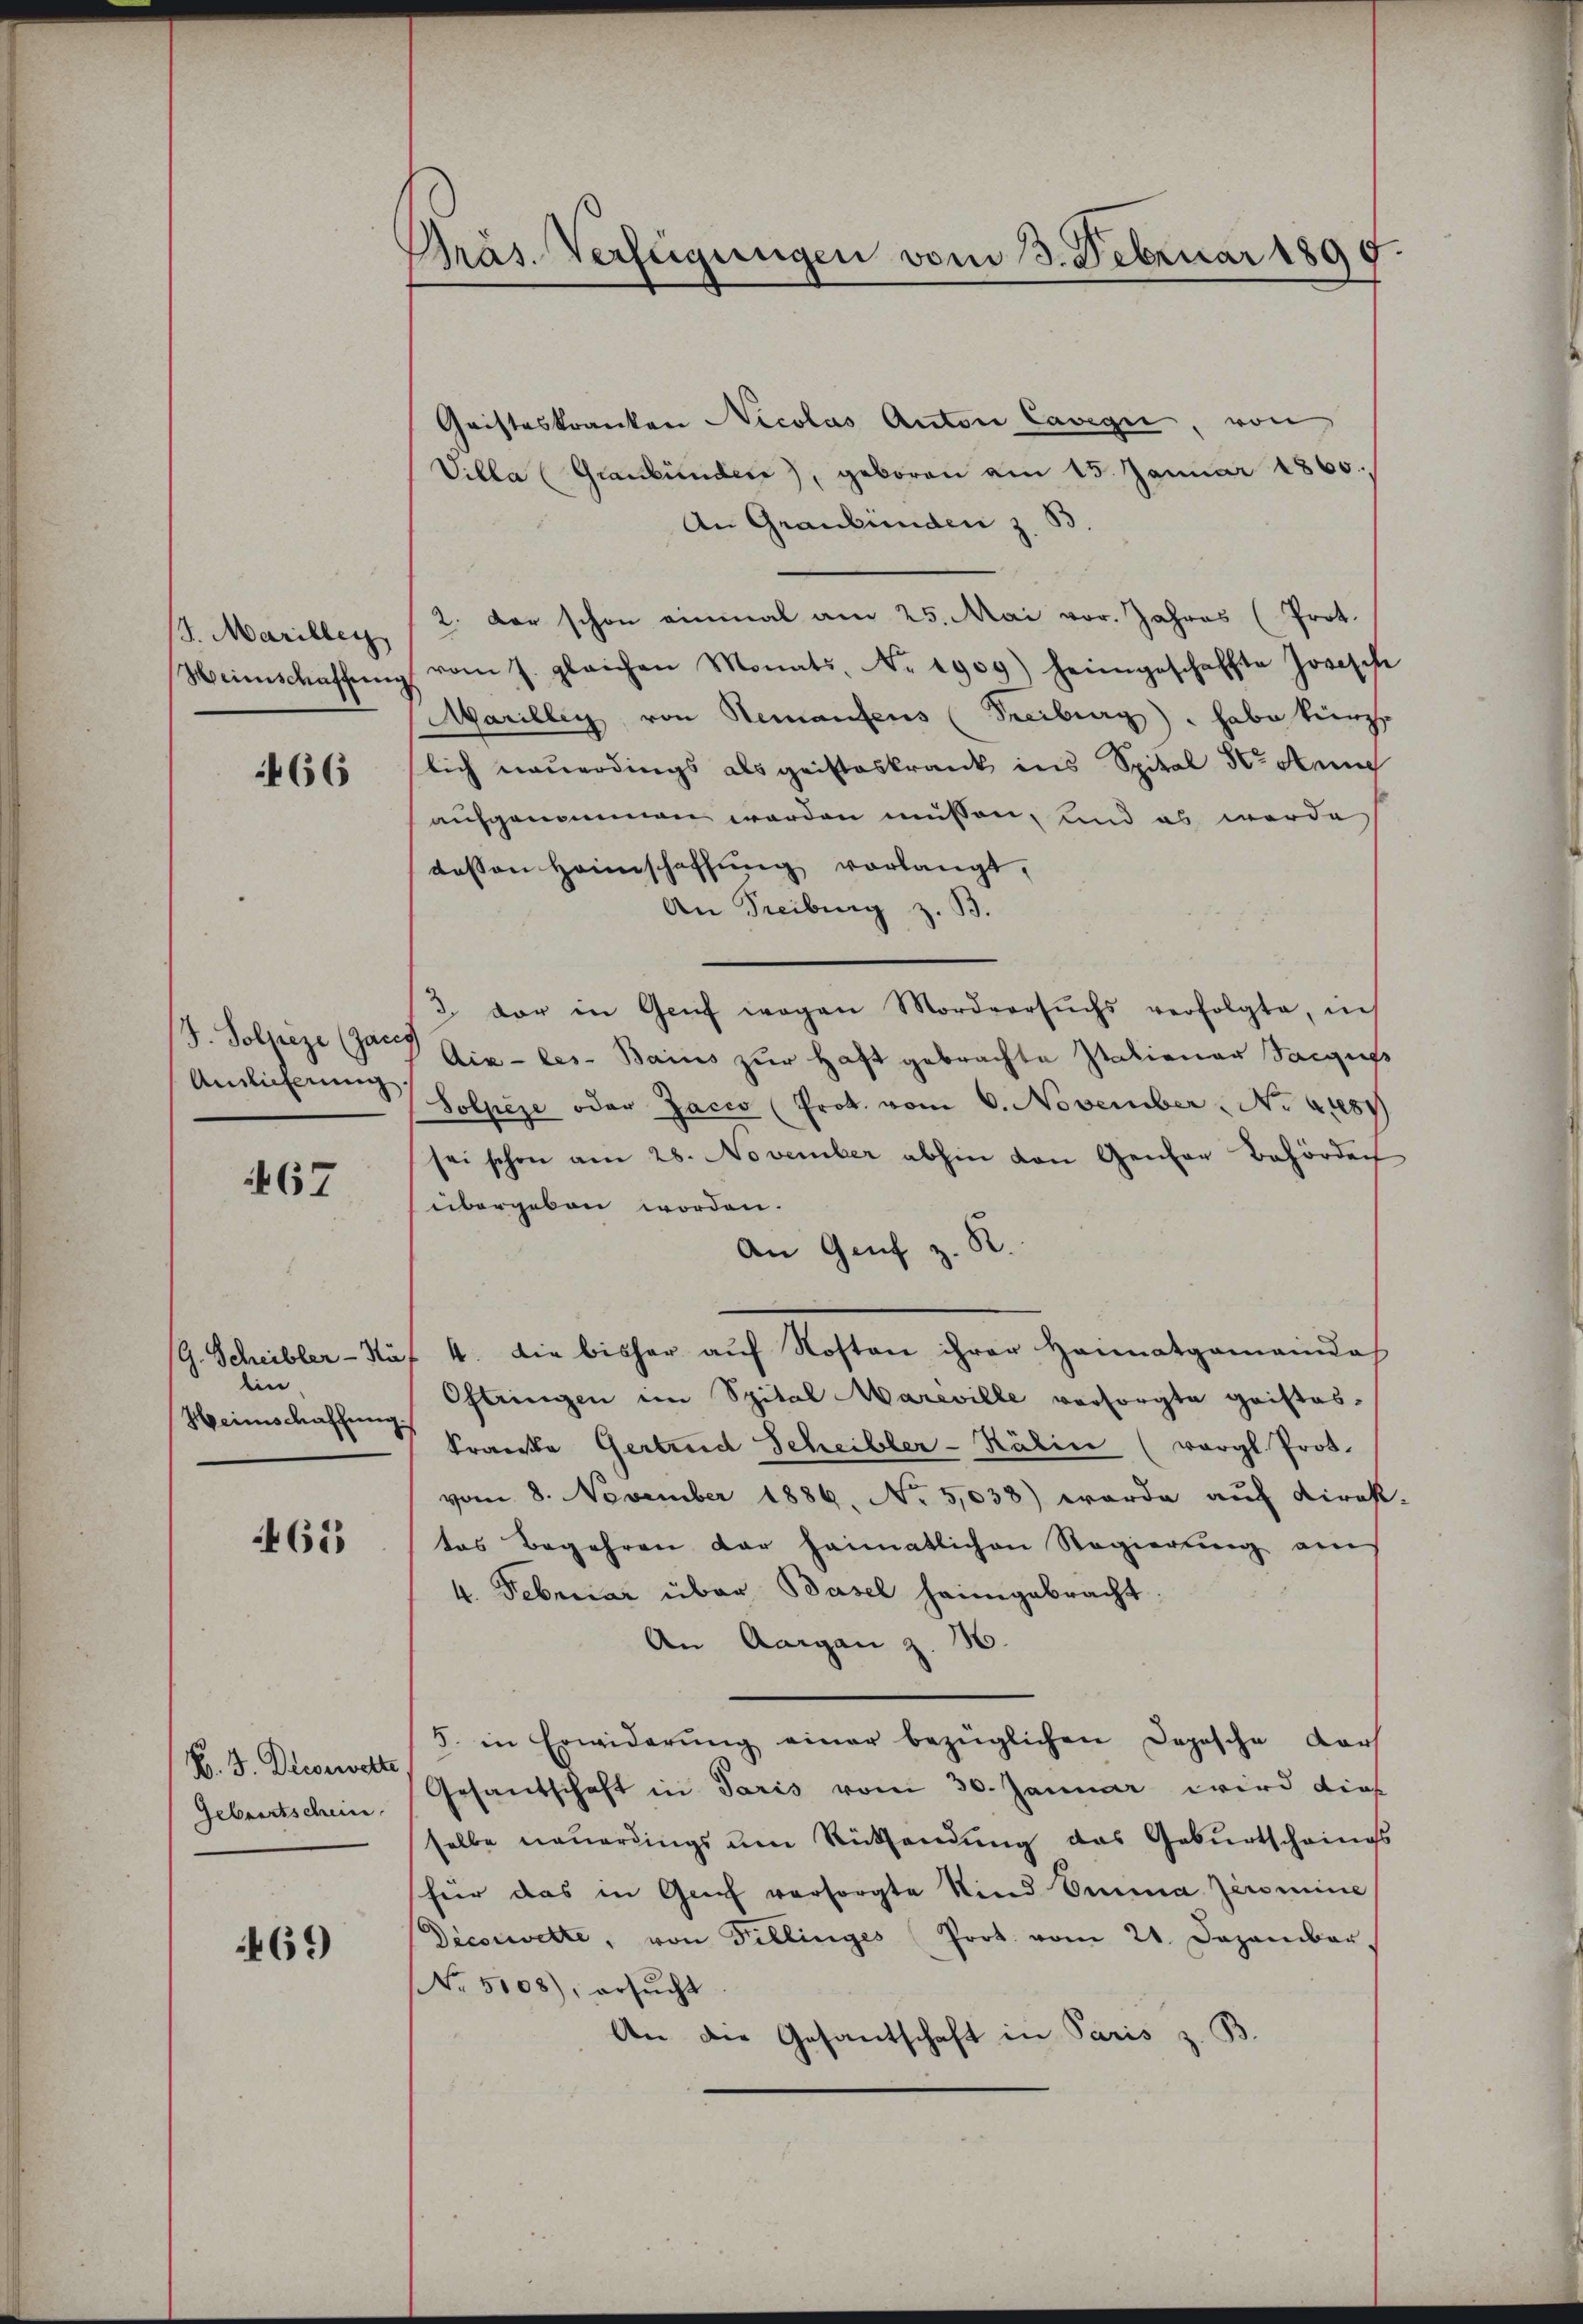
J. Mariller
Weinschaffung

466

J. Polize (Zaus
Anlieferung.

667

G. Scheibler - Na
din
Heimschaffung.

465

B. J. Decorwette
Gebrertschein

469

Präs. Verfügungen vom 3. Februar 1890

Gristeskranken Nicolas Anton Cavegi, von
Villa (Graubünden, geboren am 15. Januar 1860,
An Graubünden z. B
2. der schon einmal am 25. Mai vor. Jahres (Prot.
vom 7. gleichen Monats No 1909) heimgeschaffte Josische
Marilley von Remanfens (Freiburg . habe kurz
lich neuerdings als geisteskrank ins Spital der Annig
aufgenommen werden müssen, und es werde
dessen Heimschaffung vorlangt,
An Freiburg z. B.
2. der in Genf wegen Mordversŭchs verfolgte, in
Aix-les-Bains zur Haft gebrachte Patiener Saugus
Solpese oder Jacio (Prot. vom 6. November No. 4181
sei schon am 28. November abhin von Gener Behörden
übergeben worden.
An Genf z. R.
4. Die bisher auf Kosten ihrer Heimatgemeindas
Oftringen im Spital Mareville versorgte geisteskranke Gertrud Scheibler-Kälin (vergl. Prot.
vom 8. November 1886, No 5,038) wurde auf Direkt-
tes Begehren der heimatlichen Regierung am
4. Februar über Basel heimgebracht
An Aargau z. 16.
5. in Erwiderŭng einer bezüglichen Depesche Dars
Gesandschaft in Paris vom 30. Januar wird dies
selbe neuerdings um Rücksendung das Geburtschrings
für das in Grif versorgte Sind Emma Zermine
Diconwette, von Fillinges Prot. vom 21. Dezember,
NNo. 5108), ersŭcht
An die Gesantschaft in Paris z. B.